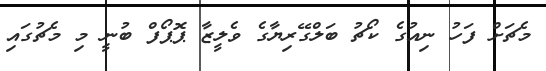
މެޗަށް ފަހު ނިއުގެ ކޯޗު ބަލްގޭރިޔާގެ ވެލީޒާ ޕޮޕޯފް ބުނީ މި މެޗުގައި